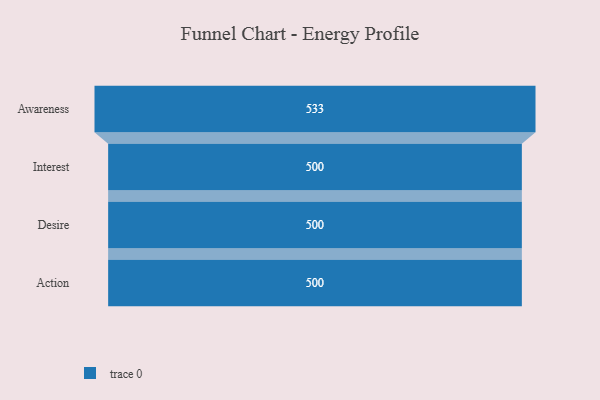
{"axis": {"x": "Stage", "y": "Value"}, "legend": [""], "data": [{"x": "Awareness", "y": 533.0, "type": ""}, {"x": "Interest", "y": 500, "type": ""}, {"x": "Desire", "y": 500, "type": ""}, {"x": "Action", "y": 500, "type": ""}]}